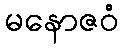
မနောဇဝံ